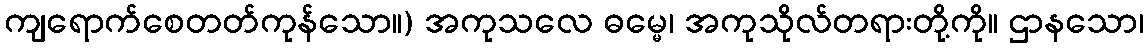
ကျရောက်စေတတ်ကုန်သော။) အကုသလေ ဓမ္မေ၊ အကုသိုလ်တရားတို့ကို။ ဌာနသော၊